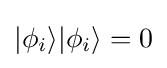
|\phi _{i}\rangle |\phi _{i}\rangle =0